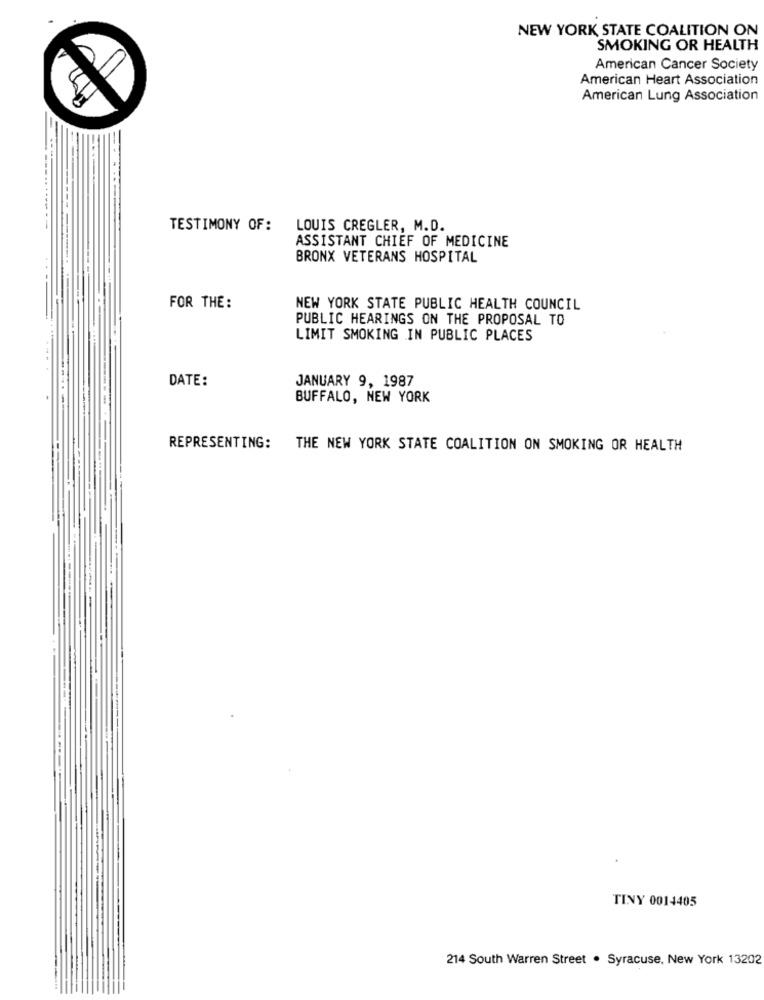
NEW YORK STATE COALITION ON
SMOKING OR HEALTH
American Cancer Society
American Heart Association
American Lung Association
-
TESTIMONY OF:
LOUIS CREGLER, M.D.
ASSISTANT CHIEF OF MEDICINE
BRONX VETERANS HOSPITAL
..-
FOR THE:
NEW YORK STATE PUBLIC HEALTH COUNCIL
PUBLIC HEARINGS ON THE PROPOSAL TO
LIMIT SMOKING IN PUBLIC PLACES
---
DATE:
JANUARY 9, 1987
BUFFALO, NEW YORK
REPRESENTING: THE NEW YORK STATE COALITION ON SMOKING OR HEALTH
----
---
---
TINY 0014405
214 South Warren Street . Syracuse, New York 13202